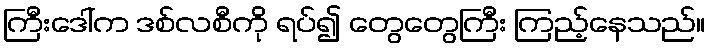
ကြီးဒေါ်က ဒစ်လစီကို ရပ်၍ တွေတွေကြီး ကြည့်နေသည်။